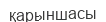
қарыншасы